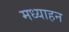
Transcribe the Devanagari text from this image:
मध्याहन